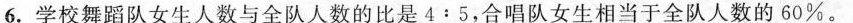
6.学校舞蹈队女生人数与全队人数的比是4:5，合唱队女生相当于全队人数的60%。